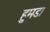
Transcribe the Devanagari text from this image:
हुमडा